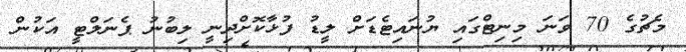
މެޗުގެ 70 ވަނަ މިނިޓްގައި ޔުނައިޓެޑަށް ލީޑު ފުޅާކޮށްދިނީ ލިބުނު ޕެނަލްޓީ އަކުން